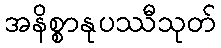
အနိစ္စာနုပဿီသုတ်